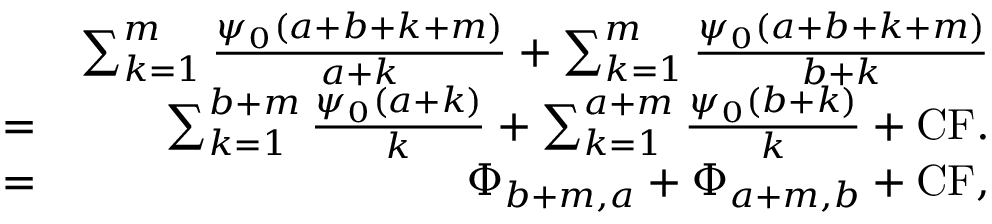
\begin{array} { r l r } & { } & { \sum _ { k = 1 } ^ { m } \frac { \psi _ { 0 } ( a + b + k + m ) } { a + k } + \sum _ { k = 1 } ^ { m } \frac { \psi _ { 0 } ( a + b + k + m ) } { b + k } } \\ & { = } & { \sum _ { k = 1 } ^ { b + m } \frac { \psi _ { 0 } ( a + k ) } { k } + \sum _ { k = 1 } ^ { a + m } \frac { \psi _ { 0 } ( b + k ) } { k } + \mathrm { C F } . } \\ & { = } & { \Phi _ { b + m , a } + \Phi _ { a + m , b } + \mathrm { C F } , } \end{array}